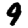
Digit: 9